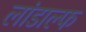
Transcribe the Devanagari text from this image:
लांडाल्फ